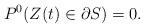
LaTeX: \begin{align*} P^0(Z(t)\in\partial S)=0.\end{align*}